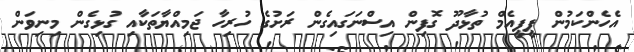
އެހެންކަމުން ޕީޕީއެމް ތުޅާދޫ ގޮފިން އިސްނަގައިގެން ރަށުގެ ހުރިހާ ޖަމިއްޔާތަކާއި ގުޅިގެން މިނިވަން